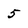
Character: 5